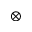
\otimes